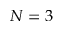
N = 3